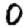
Digit: 0